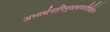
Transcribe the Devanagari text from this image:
अभ्यर्थनापिमुखभावमशिक्षितेन